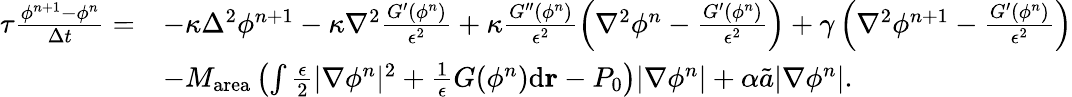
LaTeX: \begin{array}{rl}{\tau\frac{\phi^{n+1}-\phi^{n}}{\Delta t}=}&{-\kappa\Delta^{2}\phi^{n+1}-\kappa\nabla^{2}\frac{G^{\prime}(\phi^{n})}{\epsilon^{2}}+\kappa\frac{G^{\prime\prime}(\phi^{n})}{\epsilon^{2}}\left(\nabla^{2}\phi^{n}-\frac{G^{\prime}(\phi^{n})}{\epsilon^{2}}\right)+\gamma\left(\nabla^{2}\phi^{n+1}-\frac{G^{\prime}(\phi^{n})}{\epsilon^{2}}\right)}\\ &{-M_{\mathrm{area}}\left(\int\frac{\epsilon}{2}|\nabla\phi^{n}|^{2}+\frac{1}{\epsilon}G(\phi^{n})\mathrm{d}\textbf{r}-P_{0}\right)|\nabla\phi^{n}|+\alpha\tilde{a}|\nabla\phi^{n}|.}\end{array}